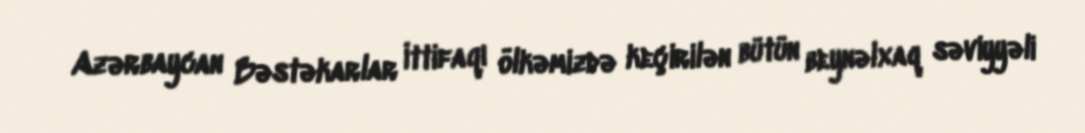
Azərbaycan Bəstəkarlar İttifaqı ölkəmizdə keçirilən bütün beynəlxaq səviyyəli